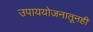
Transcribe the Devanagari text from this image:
उपाययोजनातूनही